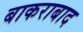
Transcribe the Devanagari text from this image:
बाकराबाद